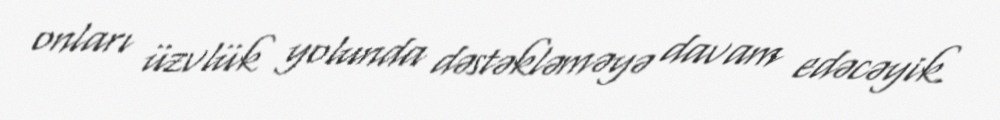
onları üzvlük yolunda dəstəkləməyə davam edəcəyik.